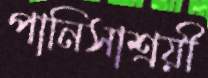
পানিসাশ্রয়ী